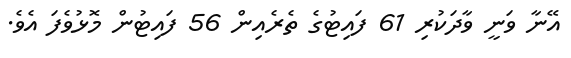
އޭނާ ވަނީ ވާދަކުރި 61 ފައިޓުގެ ތެރެއިން 56 ފައިޓުން މޮޅުވެފަ އެވެ.